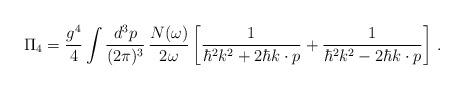
LaTeX: \begin{align*}\Pi_4 = \frac{g^4}{4} \int \frac{d^3p}{(2\pi)^3}\,\frac{N(\omega)}{2\omega}\left[\frac{1}{\hbar^2k^2 + 2\hbar k\cdot p} + \frac{1}{\hbar^2k^2 - 2\hbar k\cdot p}\right]\,.\end{align*}